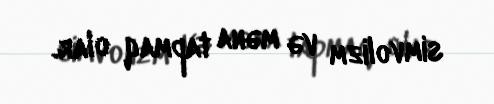
simvolizm və məna tapmaq olar.